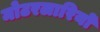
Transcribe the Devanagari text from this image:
मोटरलारियों